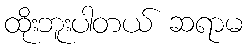
ထိုးဘူးပါတယ် ဆရာမ